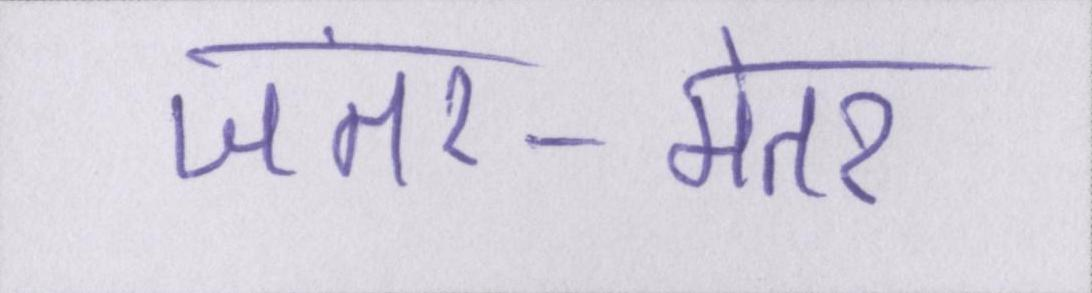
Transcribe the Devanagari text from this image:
जंतर-मंतर